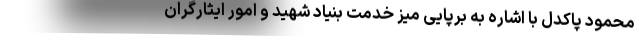
محمود پاکدل با اشاره به برپایی میز خدمت بنیاد شهید و امور ایثارگران